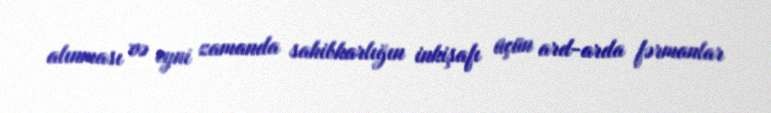
alınması və eyni zamanda sahibkarlığın inkişafı üçün ard-arda fərmanlar